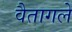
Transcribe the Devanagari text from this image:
वैतागले